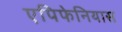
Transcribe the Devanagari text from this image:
एपिफेनियास